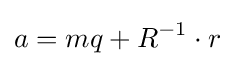
a=mq+R^{-1}\cdot r